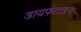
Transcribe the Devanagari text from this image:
डायफंटाइन